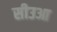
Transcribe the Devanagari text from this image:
सीउआ